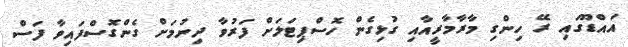
އައްޑޫގައި ރޭ ހިންގި މާރާމާރީއާއި ގުޅިގެން ހޮސްޕިޓަލަށް ފަރުވާ ދިނުމަށް ގެންގޮސްފައިވާ ފަސް